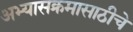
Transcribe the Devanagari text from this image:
अभ्यासक्रमासाठीचे